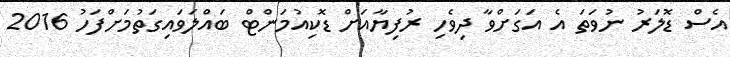
އެސް ޑޮލަރު ނުވަތަ އެ އަގަށްވާ ދިވެހި ރުފިޔާއަށް ޑޮކިއުމަންޓް ބައްލަވައިގަތުމަށްފަހު 2016